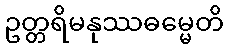
ဥတ္တရိမနုဿဓမ္မေတိ